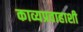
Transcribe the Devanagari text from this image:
काव्यप्रवाहाशी